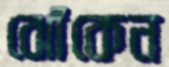
ঝোঁকেন